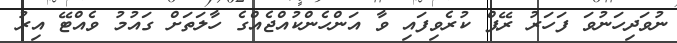
ނުވަދިހަނުވަ ފަހަރު ރޭޕް ކުރެވިފައި ވާ އަންހެންކުއްޖެއްގެ ހާލަތަށް ގައުމު ވެއްޓޭ އިރު